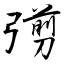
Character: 彅